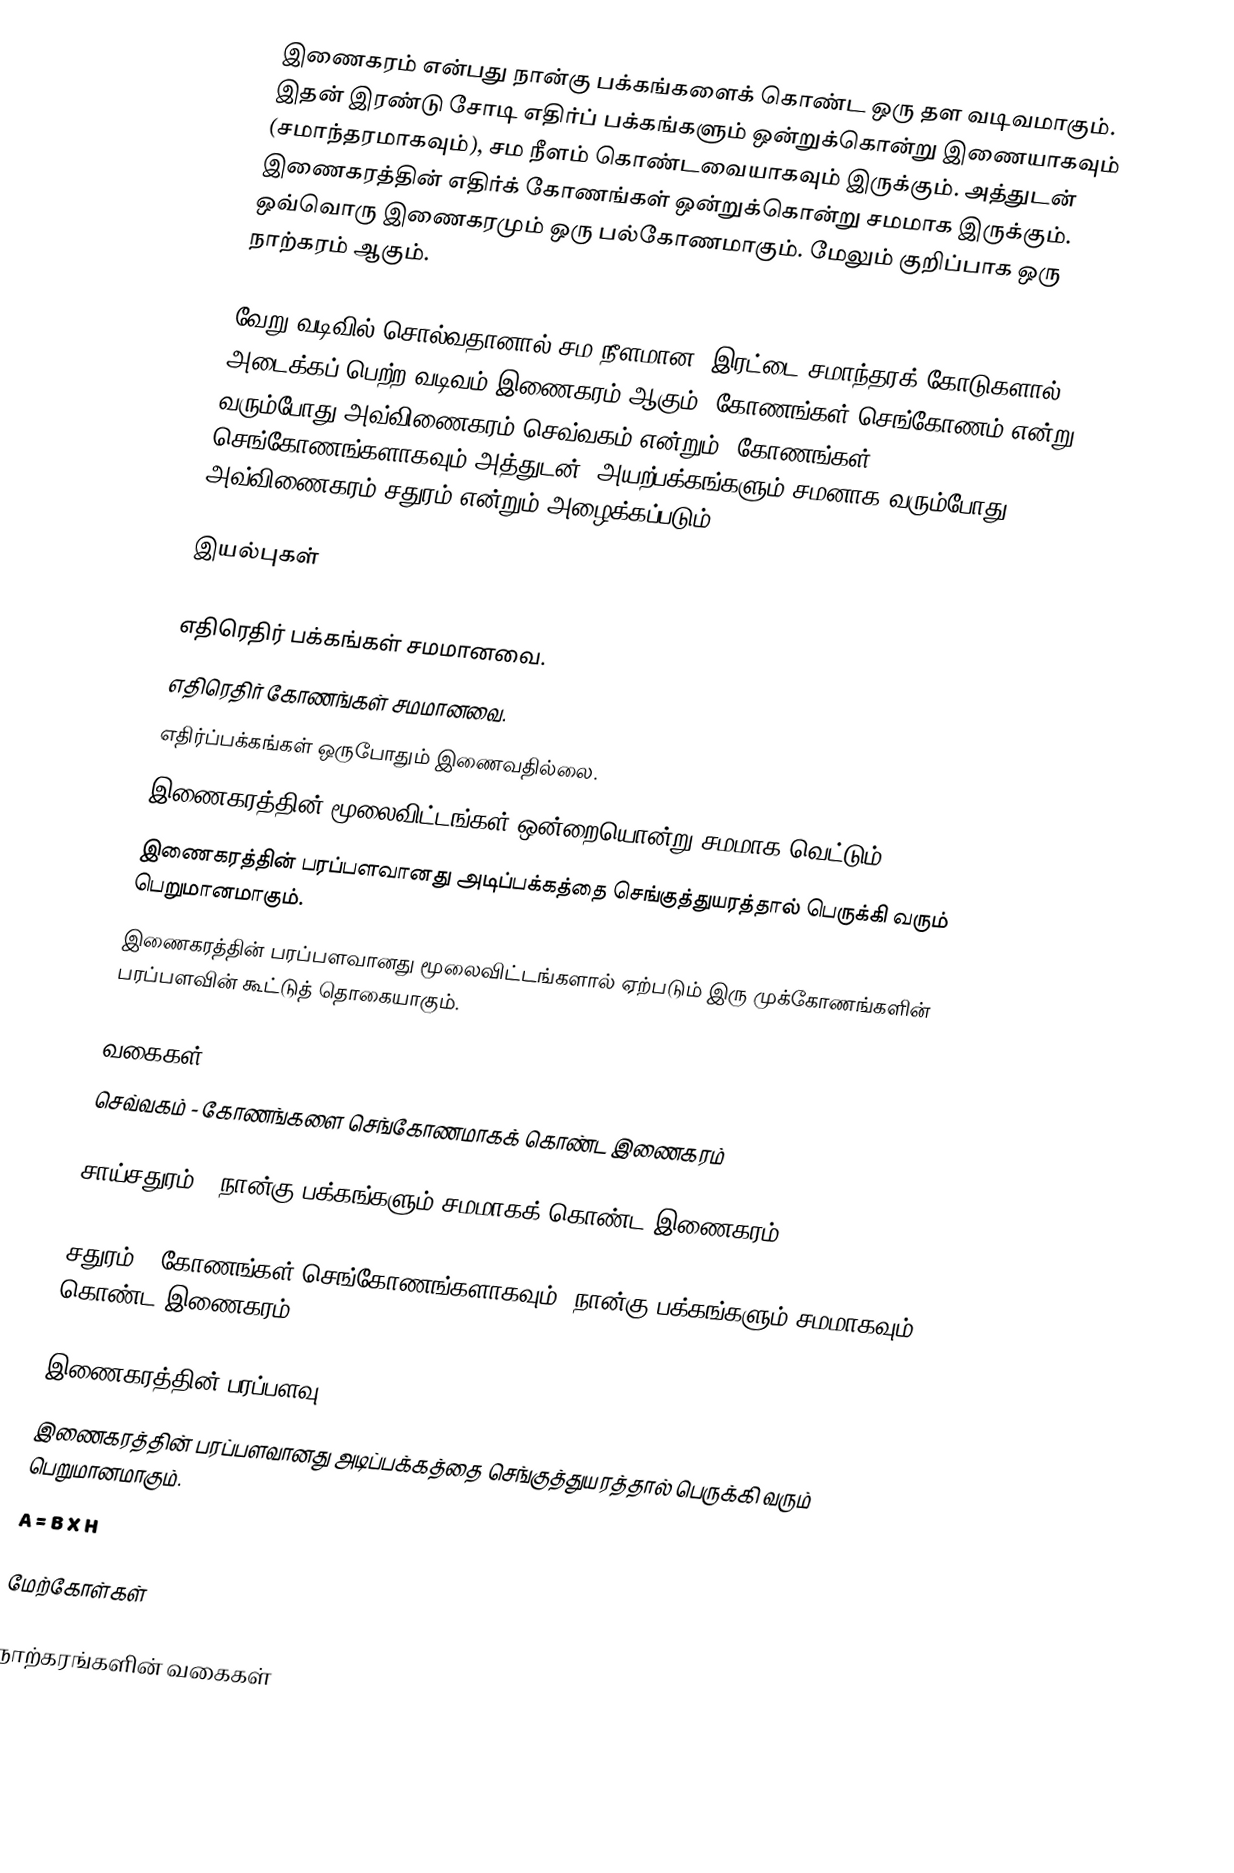
இணைகரம் என்பது நான்கு பக்கங்களைக் கொண்ட ஒரு தள வடிவமாகும். இதன் இரண்டு சோடி எதிர்ப் பக்கங்களும் ஒன்றுக்கொன்று இணையாகவும் (சமாந்தரமாகவும்), சம நீளம் கொண்டவையாகவும் இருக்கும். அத்துடன் இணைகரத்தின் எதிர்க் கோணங்கள் ஒன்றுக்கொன்று சமமாக இருக்கும். ஒவ்வொரு இணைகரமும் ஒரு பல்கோணமாகும். மேலும் குறிப்பாக ஒரு நாற்கரம் ஆகும்.

வேறு வடிவில் சொல்வதானால் சம நீளமான, இரட்டை சமாந்தரக் கோடுகளால் அடைக்கப் பெற்ற வடிவம் இணைகரம் ஆகும், கோணங்கள் செங்கோணம் என்று வரும்போது அவ்விணைகரம் செவ்வகம் என்றும், கோணங்கள் செங்கோணங்களாகவும் அத்துடன், அயற்பக்கங்களும் சமனாக வரும்போது அவ்விணைகரம் சதுரம் என்றும் அழைக்கப்படும்.

இயல்புகள்

 எதிரெதிர் பக்கங்கள் சமமானவை.
 எதிரெதிர் கோணங்கள் சமமானவை.
 எதிர்ப்பக்கங்கள் ஒருபோதும் இணைவதில்லை.
 இணைகரத்தின் மூலைவிட்டங்கள் ஒன்றையொன்று சமமாக வெட்டும்.
 இணைகரத்தின் பரப்பளவானது அடிப்பக்கத்தை செங்குத்துயரத்தால் பெருக்கி வரும் பெறுமானமாகும்.
 இணைகரத்தின் பரப்பளவானது மூலைவிட்டங்களால் ஏற்படும் இரு முக்கோணங்களின் பரப்பளவின் கூட்டுத் தொகையாகும்.

வகைகள்
 செவ்வகம் - கோணங்களை செங்கோணமாகக் கொண்ட இணைகரம்

 சாய்சதுரம் - நான்கு பக்கங்களும் சமமாகக் கொண்ட இணைகரம்.

 சதுரம் - கோணங்கள் செங்கோணங்களாகவும், நான்கு பக்கங்களும் சமமாகவும் கொண்ட இணைகரம்.

இணைகரத்தின் பரப்பளவு
இணைகரத்தின் பரப்பளவானது அடிப்பக்கத்தை செங்குத்துயரத்தால் பெருக்கி வரும் பெறுமானமாகும்.
A = B X H

மேற்கோள்கள்

நாற்கரங்களின் வகைகள்